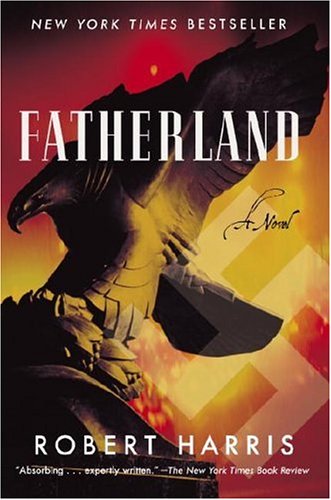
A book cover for Fatherland: A Novel; Robert Harris; Science Fiction & Fantasy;